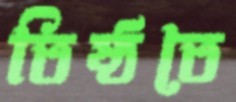
তিষ্ঠতে